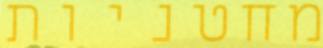
מחטניות